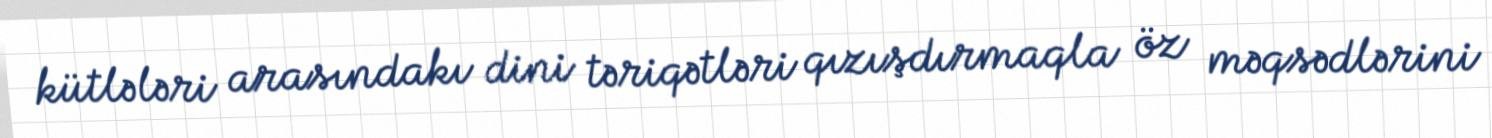
kütlələri arasındakı dini təriqətləri qızışdırmaqla öz məqsədlərini